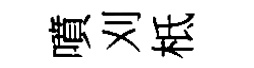
噴刈柢